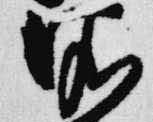
依